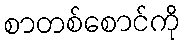
စာတစ်စောင်ကို